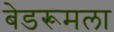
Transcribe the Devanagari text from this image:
बेडरूमला